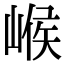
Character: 𡹵